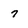
Character: 7